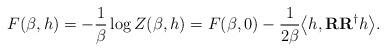
LaTeX: \begin{align*} F(\beta,h) = - \frac{1}{\beta}\log{Z(\beta,h)} = F(\beta,0) - \frac{1}{2\beta}\bigl<h,\mathbf{R}\mathbf{R}^\dagger h\bigr>.\end{align*}